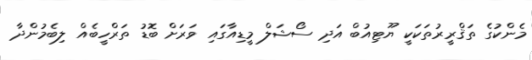
މެންކުގެ ތަޤްރީރުތަކަކީ ޔޫޓިއުބް އަދި ސޯޝަލް މީޑިއާގައި ވަރަށް ބޮޑު ތަރްހީބެއް ލިބެމުންދާ